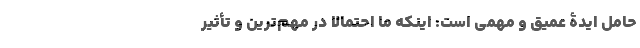
حامل ایدۀ عمیق و مهمی است: اینکه ما احتمالاً در مهم‌ترین و تأثیر‌